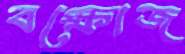
বক্ষোজ